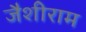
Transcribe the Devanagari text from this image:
जैशीराम